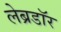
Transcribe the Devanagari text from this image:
लेब्रडॉर